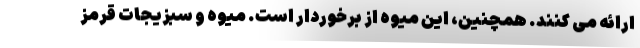
ارائه می کنند. همچنین، این میوه از برخوردار است. میوه و سبزیجات قرمز